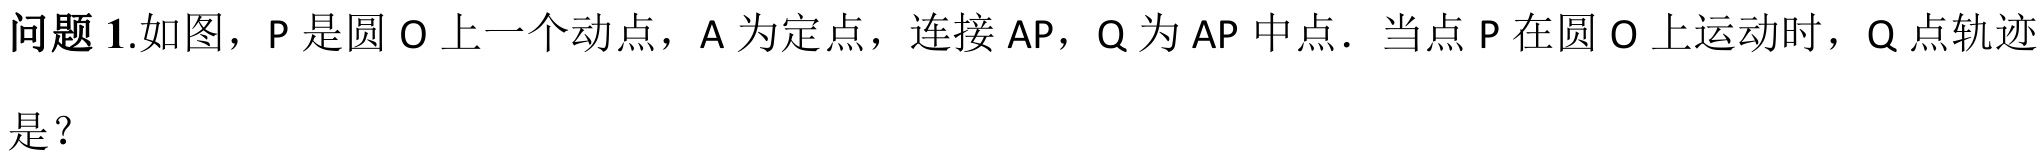
问题 1.如图，P 是圆 O 上一个动点，A 为定点，连接 AP，Q 为 AP 中点．当点 P 在圆 O 上运动时，Q 点轨迹是？